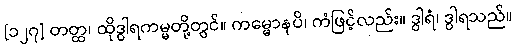
[၁၂၇] တတ္ထ၊ ထိုဒွါရကမ္မတို့တွင်။ ကမ္မောနပိ၊ ကံဖြင့်လည်း။ ဒွါရံ၊ ဒွါရသည်။